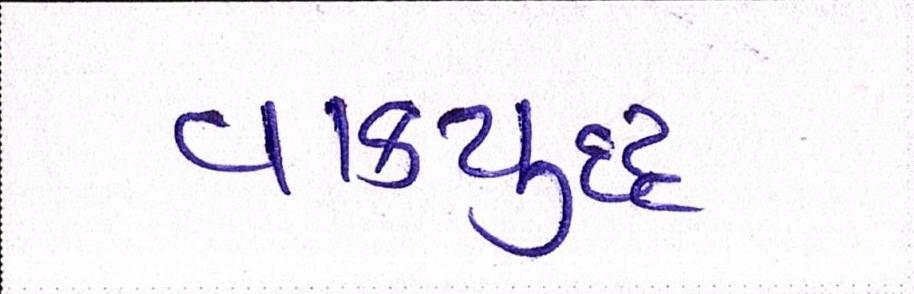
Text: વાકયુદ્ધ